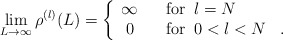
\begin{align*}\lim_{L \rightarrow \infty} \rho^{(l)}(L) =\left\{ \begin{array}{cl}\infty & \; \; \; \mbox{for}\;\; l = N \\0 & \; \; \; \mbox{for}\;\; 0 < l < N \; \; \; .\end{array} \right.\end{align*}